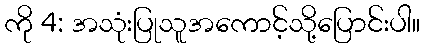
ကို 4: အသုံးပြုသူအကောင့်သို့ပြောင်းပါ။